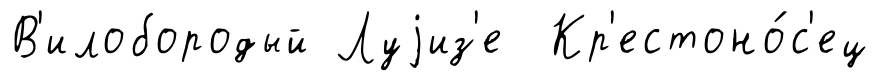
В'илобородый Луjиз'е Кр'естоно́с'ец